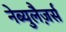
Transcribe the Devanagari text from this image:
नेब्युलैज़र्स